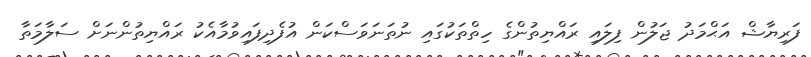
ފަރިޔާޝް އަޙްމަދު ޖަލުން ފިލައި ރައްޔިތުންގެ ހިތްތަކުގައި ނުތަނަވަސްކަން އުފެދިފައިވުމާއެކު ރައްޔިތުންނަށް ސަލާމަތާ